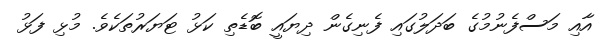
އާއި މަސްފެނުމުގެ ބަދަލުގައި ފެނިގެން ދިޔައީ ބޮޑެތި ކަޅު ޓަޔަރުތަކެވެ. މުޅި ފަޅު